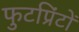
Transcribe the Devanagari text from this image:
फुटप्रिंटों